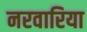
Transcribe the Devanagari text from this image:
नरवारिया